Leaving Certificate Examination, 1920, 1920
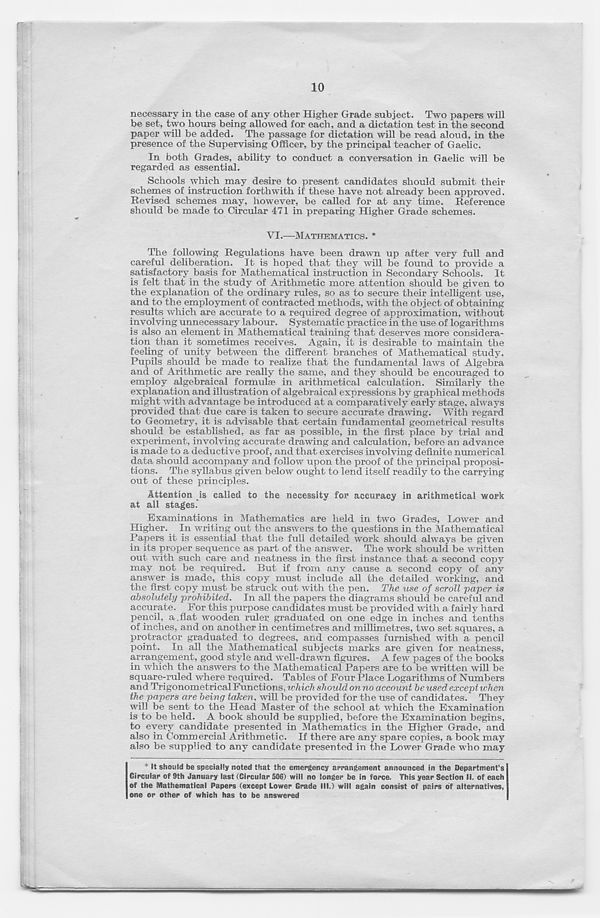
10
necessary in the case of any other Higher Grade subject. Two papers will
be set, two hours being allowed for each, and a dictation test in the second
paper will be added. The passage for dictation will be read aloud, in the
presence of the Supervising Officer, by the principal teacher of Gaelic.
In both Grades, ability to conduct a conversation in Gaelic will be
regarded as essential.
Schools which may desire to present candidates should submit their
schemes of instruction forthwith if these have not already been approved.
Revised schemes may, however, be called for at any time. Reference
should be made to Circular 471 in preparing Higher Grade schemes.
VI.—MATHEMATICS. *
The following Regulations have been drawn up after very full and
careful deliberation. It is hoped that they will be found to provide a
satisfactory basis for Mathematical instruction in Secondary Schools. It
is felt that in the study of Arithmetic more attention should be given to
the explanation of the ordinary rules, so as to secure their intelligent use,
and to the employment of contracted methods, with the object of obtaining
results which are accurate to a required degree of approximation, without
involving unnecessary labour. Systematic practice in the use of logarithms
is also an element in Mathematical training that deserves more considera-
tion than it sometimes receives. Again, it is desirable to maintain the
feeling of unity between the different branches of Mathematical study.
Pupils should be made to realize that the fundamental laws of Algebra
and of Arithmetic are really the same, and they should be encouraged to
employ algebraical formulae in arithmetical calculation. Similarly the
explanation and illustration of algebraical expressions by graphical methods
might with advantage be introduced at a comparatively early stage, always
provided that due care is taken to secure accurate drawing. With regard
to Geometry, it is advisable that certain fundamental geometrical results
should be established, as far as possible, in the first place by trial and
experiment, involving accurate drawing and calculation, before an advance
is made to a deductive proof, and that exercises involving definite numerical
da,ta should accompany and follow upon the proof of the principal proposi-
tions. The syllabus given below ought to lend itself readily to the carrying
out of these principles.
Attention is called to the necessity for accuracy in arithmetical work
at all stages.
Examinations in Mathematics are held in two Grades, Lower and
Higher. In writing out the answers to the questions in the Mathematical
Papers it is essential that the full detailed work should always be given
in its proper sequence as part of the answer. The work should be written
out with such care and neatness in the first instance that a second copy
may not be required. But if from any cause a second copy of any
answer is made, this copy must include all the detailed working, and
the first copy must be struck out with the pen. The use of scroll paper is
absolutely prohibited. In all the papers the diagrams should be careful and
accurate. For this purpose candidates must be provided with a fairly hard
pencil, a.flat wooden ruler graduated on one edge in inches and tenths
of inches, and on another in centimetres and millimetres, two set squares, a
protractor graduated to degrees, and compasses furnished with a pencil
point. In all the Mathematical subjects marks are given for neatness,
arrangement, good style and well-drawn figures. A few pages of the books
in which the answers to the Mathematical Papers are to be written will be
square-ruled where required. Tables of Four Place Logarithms of Numbers
and Trigonometrical Functions, which shoidd on no account be used except when
the papers are being taken, will be provided for the use of candidates. They
will be sent to the Head Master of the school at which the Examination
is to be held. A book should be supplied, before the Examination begins,
to every candidate presented in Mathematics in the Higher Grade, and
also in Commercial Arithmetic. If there are any spare copies, a book may
also be supplied to any candidate presented in the Lower Grade who may
* It should be specially noted that the emergency arrangement announced in the Department's
Circular of 9th January last (Circular 506) will no longer be in force. This year Section II. of each
of the Mathematical Papers (except Lower Grade III.) will again consist of pairs of alternatives,
one or other of which has to be answered